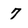
Character: 7